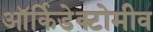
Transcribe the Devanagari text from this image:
ऑर्किडेक्टोमीव